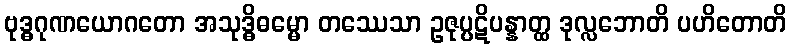
ဗုဒ္ဓဂုဏယောဂတော အသုဒ္ဓိဓမ္မော တဿေသာ ဥဇုပ္ပဋိပန္နာတ္ထ ဒုလ္လဘောတိ ပဟိတောတိ